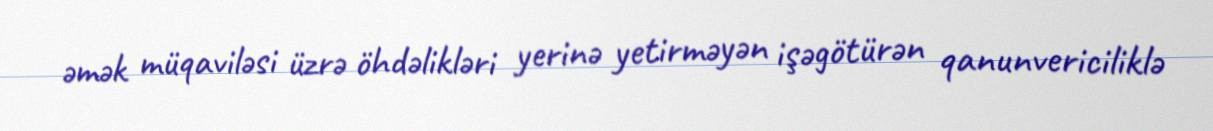
əmək müqaviləsi üzrə öhdəlikləri yerinə yetirməyən işəgötürən qanunvericiliklə